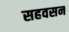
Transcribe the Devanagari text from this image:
सहवसन